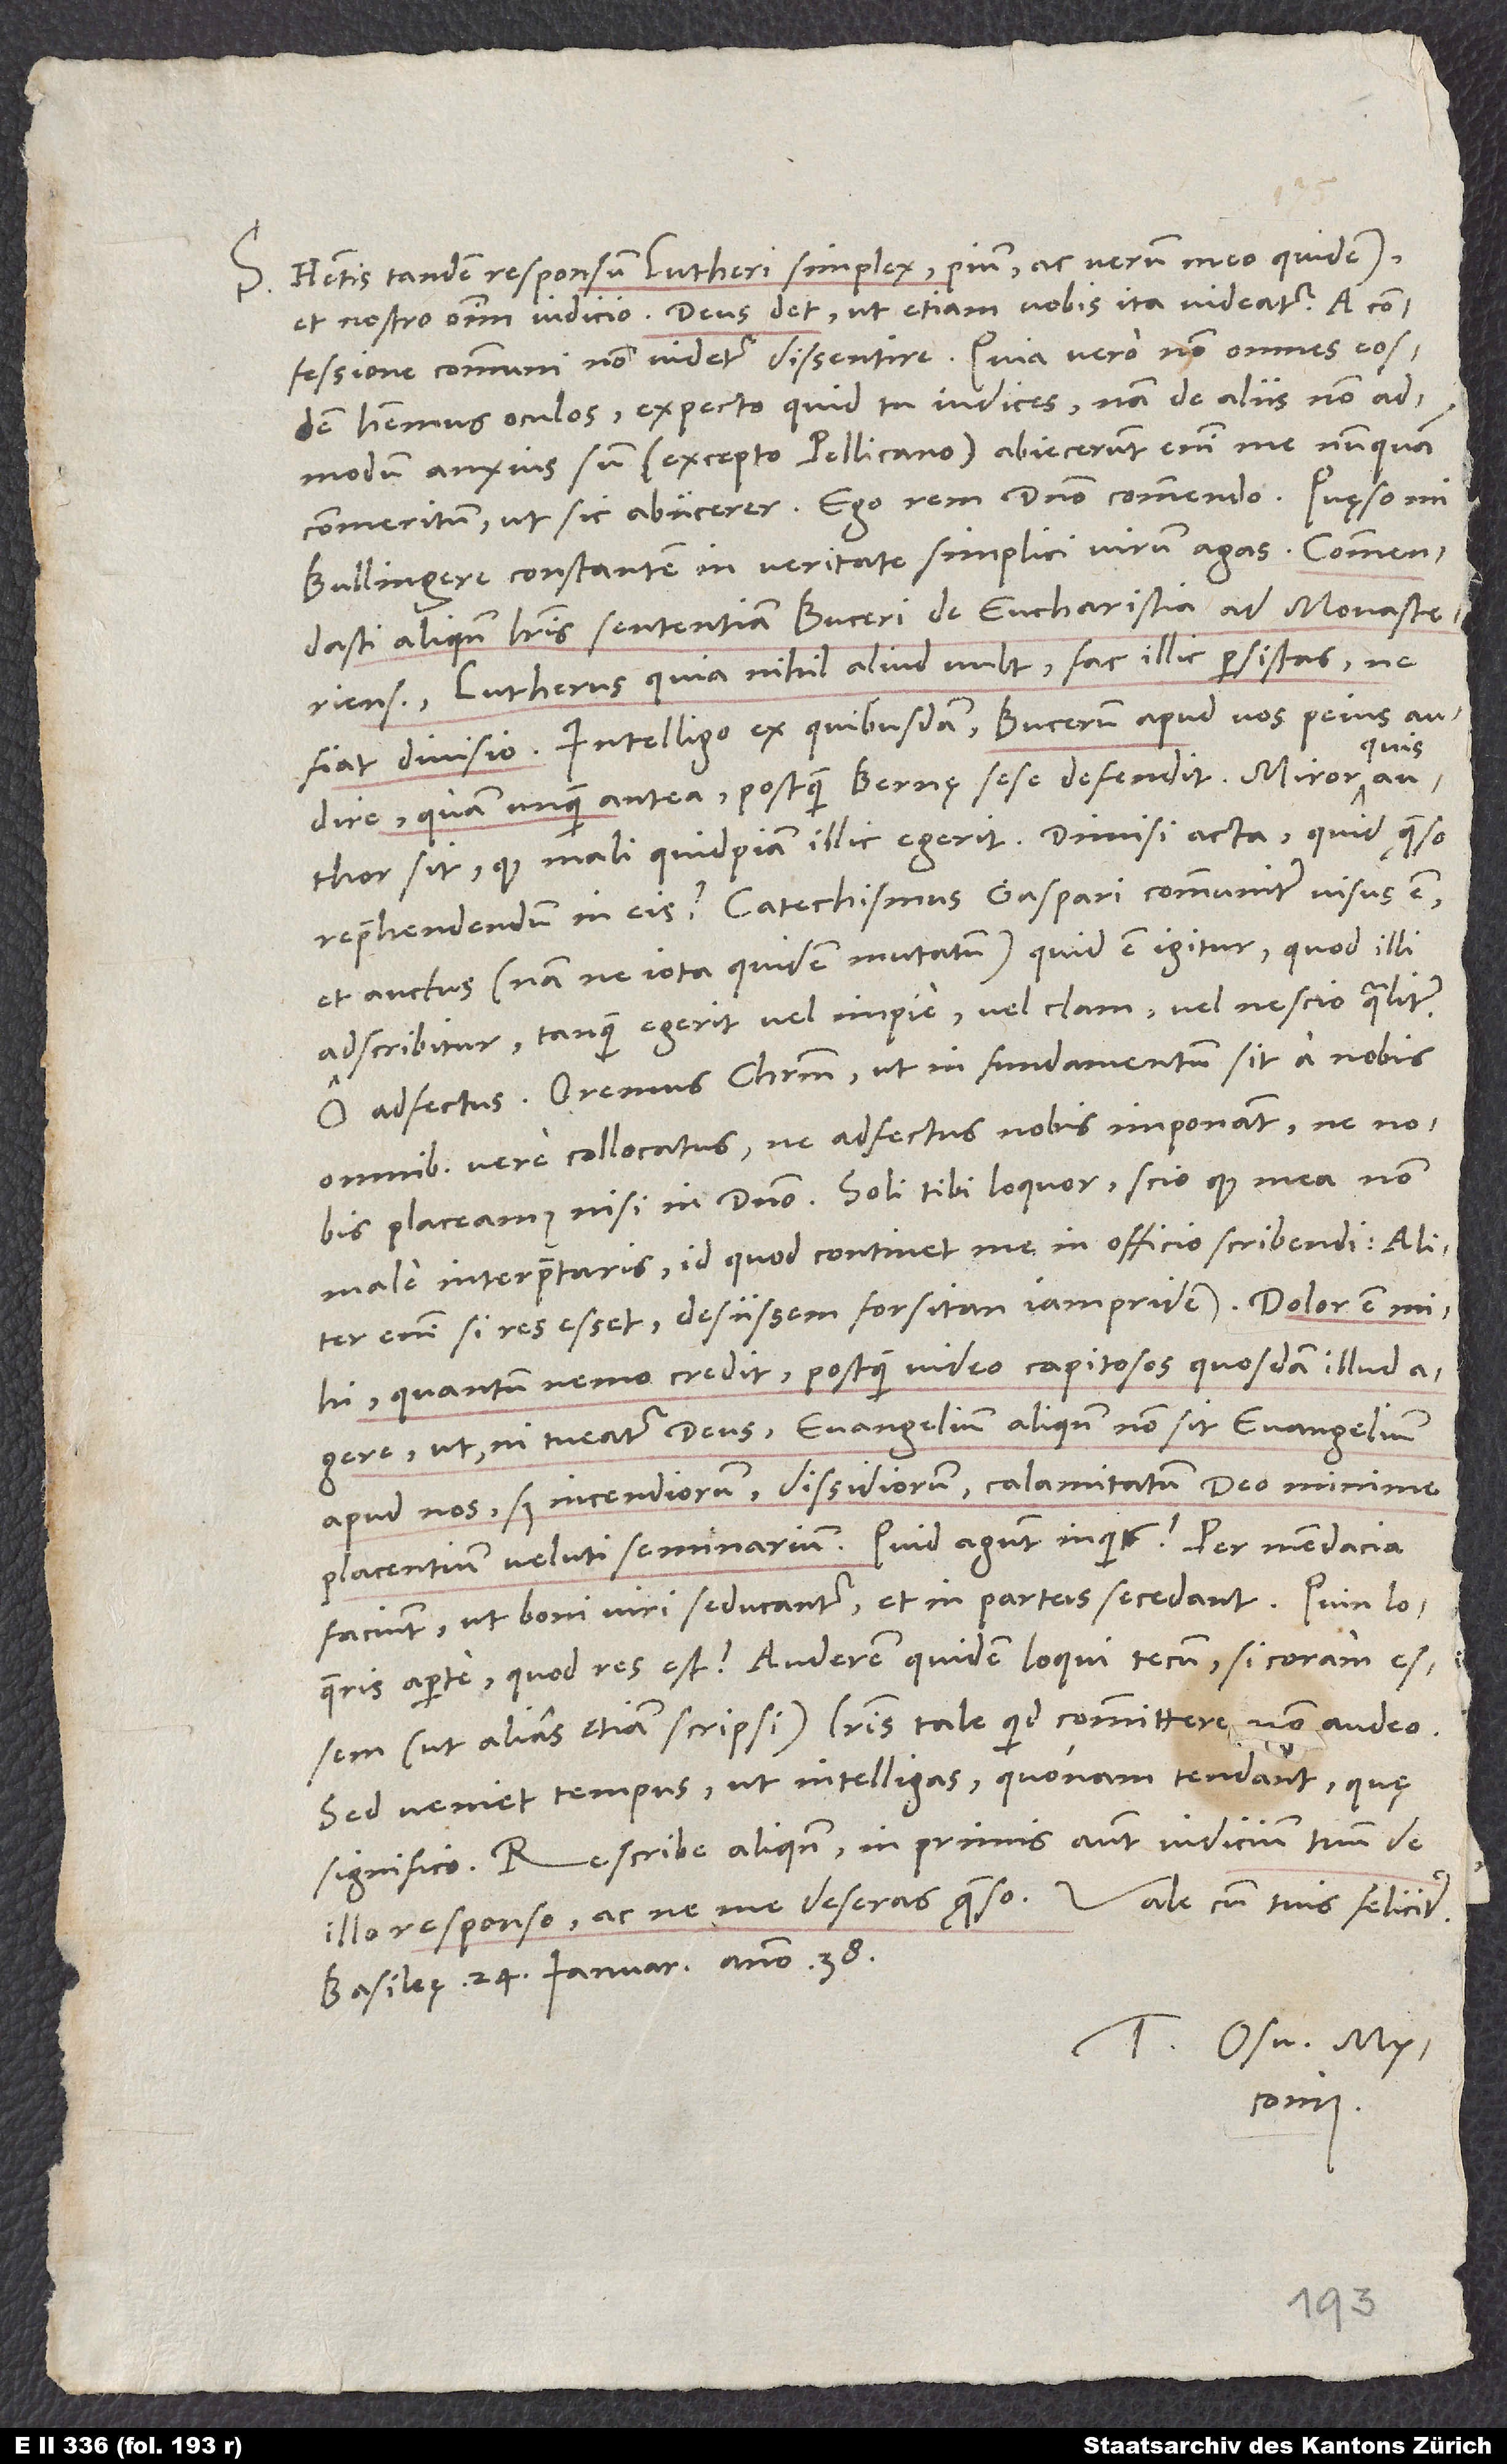
S. Habetis tandem responsum Lutheri simplex, pium ac verum meo quidem
et nostro omnium iudicio. Deus det, ut etiam vobis ita videatur. A
confessione communi non videtur dissentire. Quia vero non omnes eosdem
habemus oculos, expecto, quid tu iudices; nam de aliis non
admodum anxius sum (excepto Pellicano). Abiecerunt enim me nunquam
commeritum, ut sic abiicerer. Ego rem domino commendo. Quęso, mi
Bullingere, constantem in veritate simplici virum agas. Commendasti
aliquando literis sententiam Buceri de eucharistia Ad Monasterienses.
Lutherus quia nihil aliud vult, fac illic persistas, ne
Intelligo ex quibusdam Bucerum apud vos peius audire
quis
quam unquam antea, postquam Bernę sese defendit. Miror,
sit, quod mali quidpiam illic egerit. Dimisi acta; quid, quęso,
reprehendendum in eis? Catechismus Gaspari communiter visus est
et auctus (nam ne iota quidem mutatum). Quid est igitur, quod illi
adscribitur, tanquam egerit vel impie vel clam vel nescio qualiter?
O adfectus! Oremus Christum, ut in fundamentum sit a nobis
omnibus vere collocatus, ne adfectus nobis imponant, ne nobis
male interpretaris, id quod continet me in officio scribendi. Aliter
enim si res esset, desiissem forsitan iampridem.
quantum nemo credit, postquam video capitosos quosdam illud
ut, ni tueatur deus, evangelium aliquando non sit evangelium
apud nos, sed incendiorum, dissidiorum, calamitatum deo minime
placentium veluti seminarium. „Quid agunt?“ inquis. Per mendacia
faciunt, ut boni viri seducantur et in partes secedant. „Quin loqueris
aperte, quod res est?“ Auderem quidem loqui tecum, si coram essem
(ut alias etiam scripsi); literis tale quid committere non audeo.
Sed veniet tempus, ut intelligas, quonam tendant, quę
Rescribe aliquando, in primis autem iudicium tuum de
Basileę, 24. ianuarii anno 38.